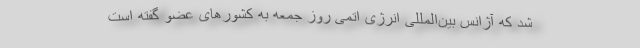
شد که آژانس بین‌المللی انرژی اتمی روز جمعه به کشورهای عضو گفته است